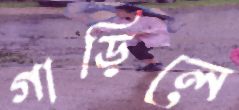
গাড়িলে